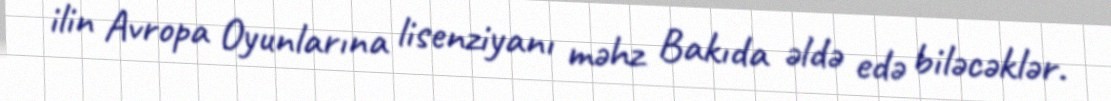
ilin Avropa Oyunlarına lisenziyanı məhz Bakıda əldə edə biləcəklər.